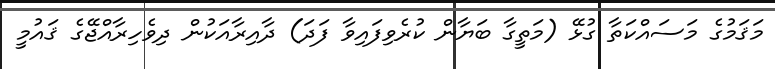
މަޤަމުގެ މަސައްކަތާ ގުޅޭ (މަތީގާ ބަޔާން ކުރެވިފައިވާ ފަދަ) ދާއިރާއަކުން ދިވެހިރާއްޖޭގެ ޤައުމީ